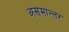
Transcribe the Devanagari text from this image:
असमान्तर